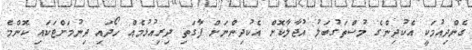
ގެންދިއުމަކީ އެކުދިންގެ މުސްތަގުބަލު އުޖާލާކޮށް އެކުދިންނަށް ފާގަތި ދިރިއުޅުމެއް ހޯދައި ދިނުމަށްޓަކައި ކޮންމެ